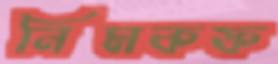
নিমকফ